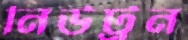
নিউট্রন